Bréfritari: Andrés Kjerúlf
Viðtakandi: Jón Borgfirðings Jónsson
Dagsetning: A-1860-06-22
Skrifað á: Melum  N-Múl.

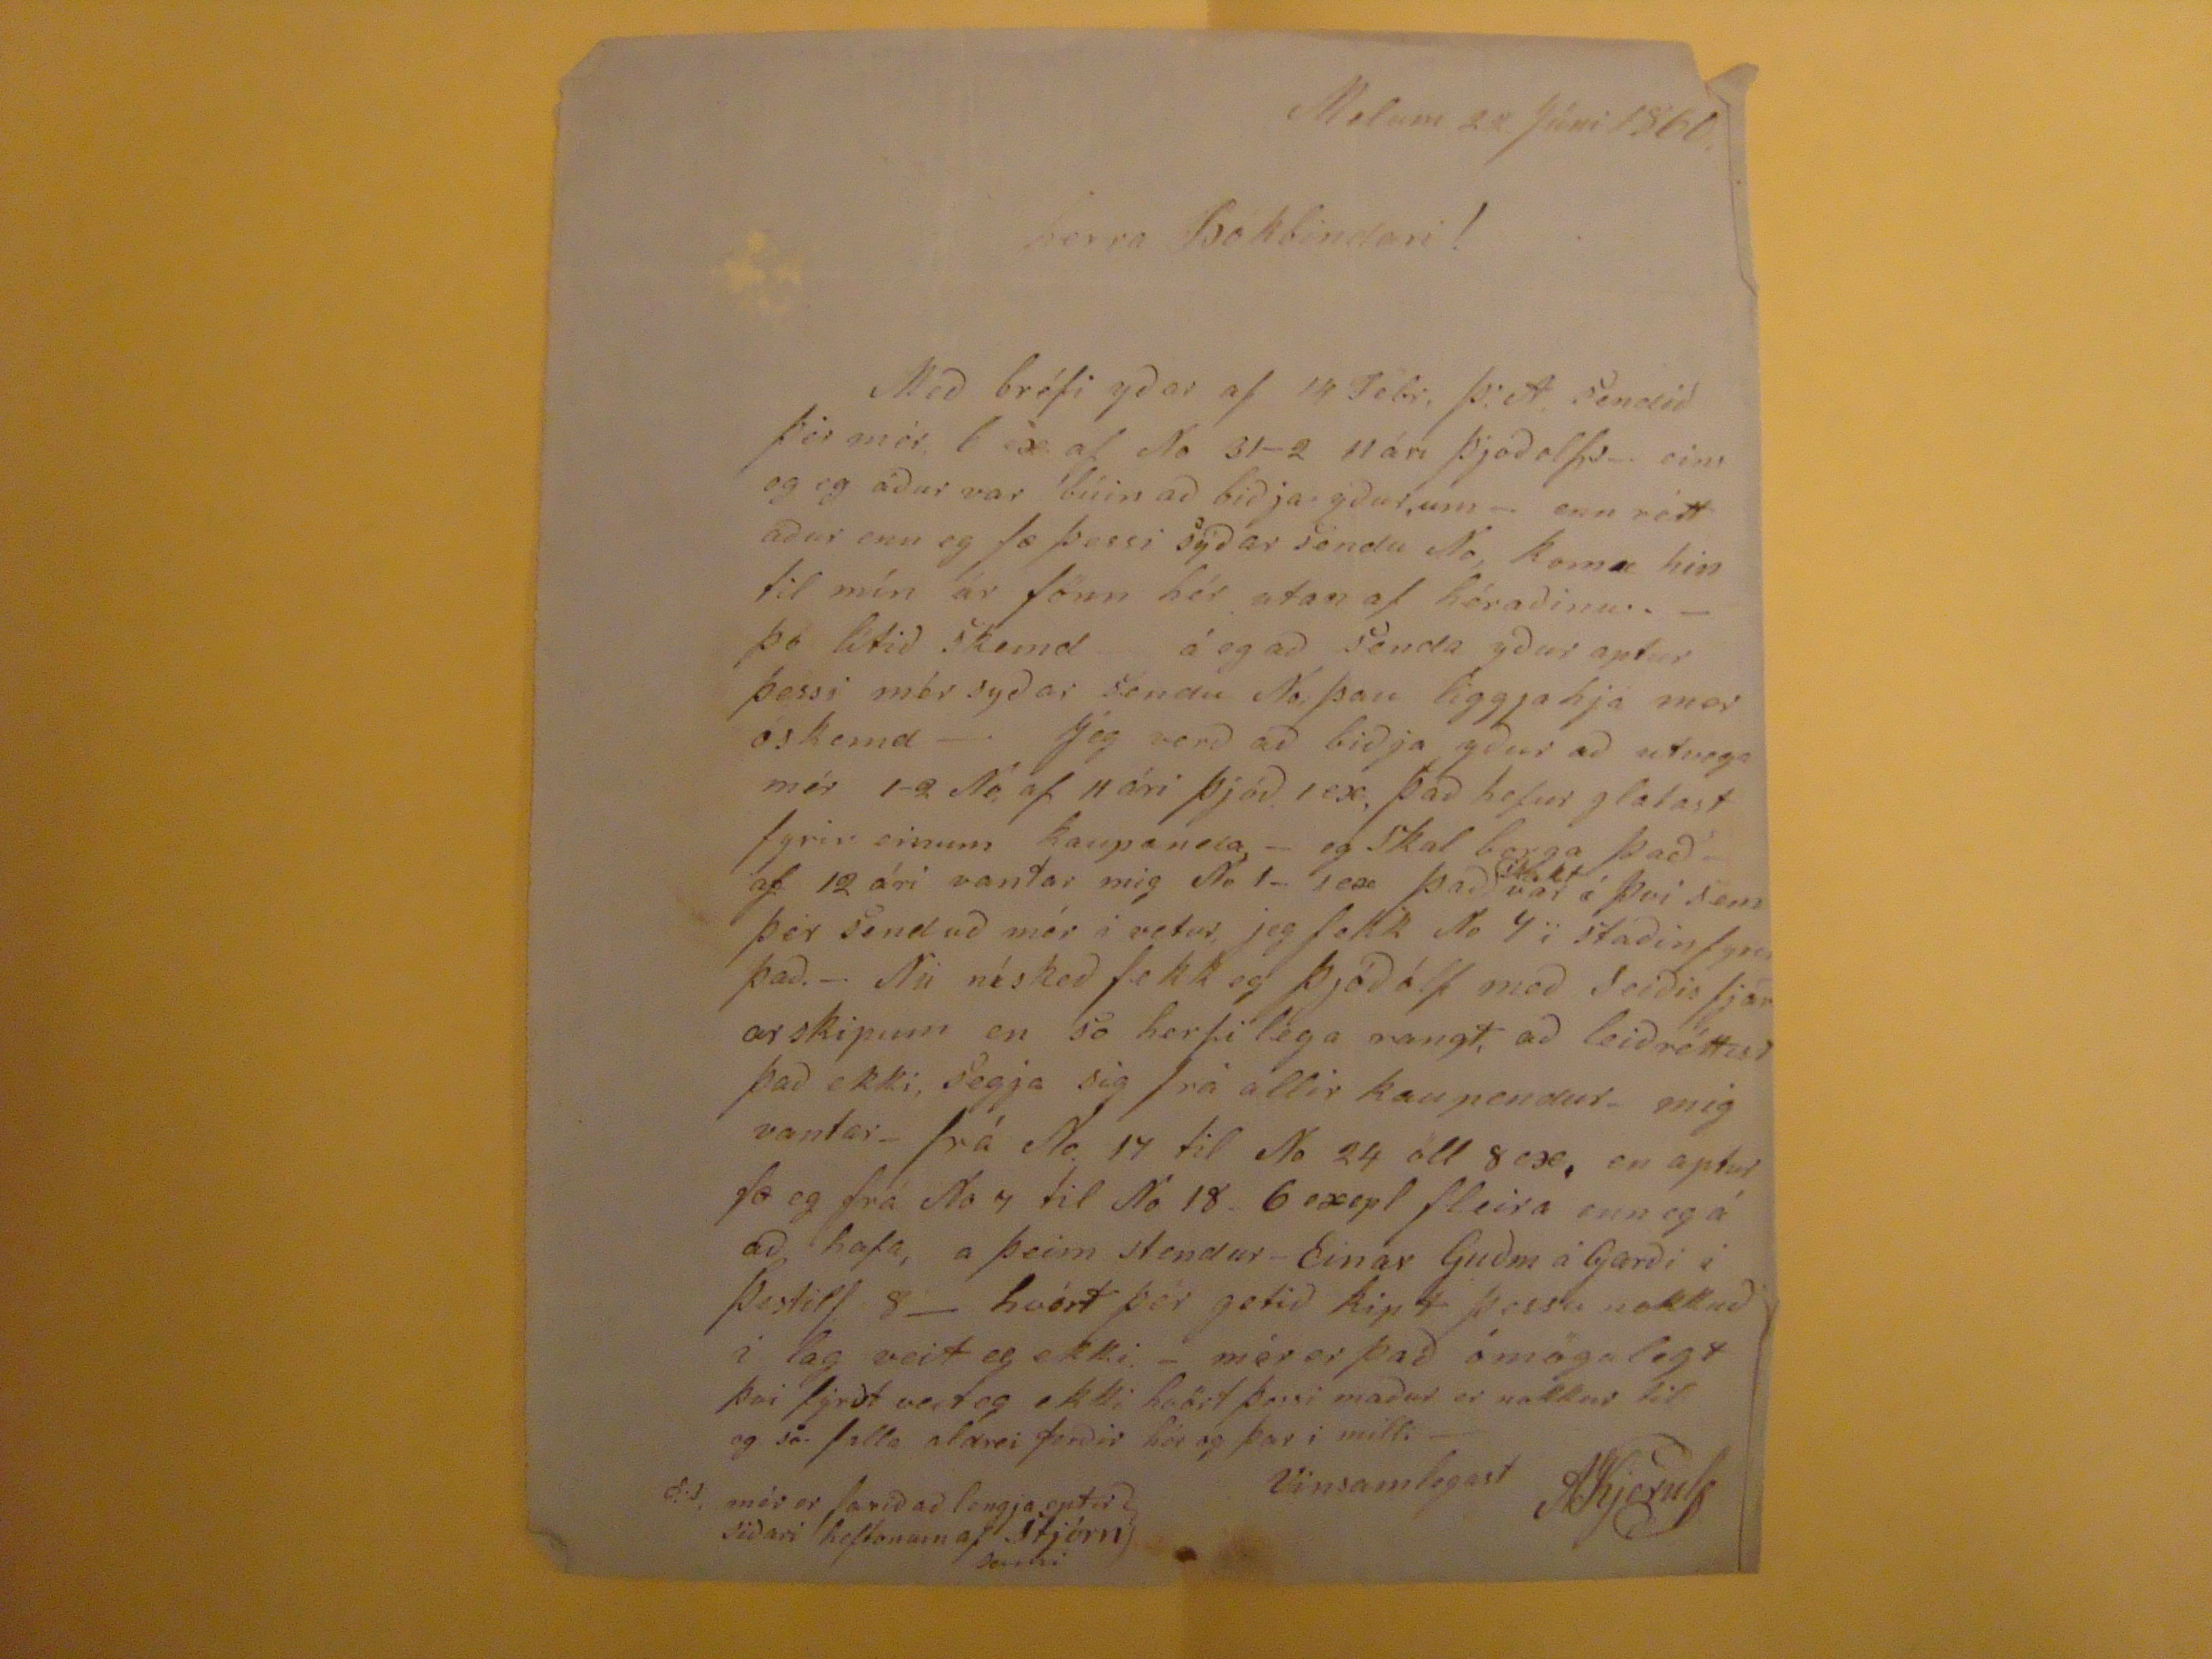

Melum 22 Júni 1860.
herra bókbindari!
Með bréfi yðar af 14 Febr, Þ.A. sendið þér mér, 6
ix
af No 31-2 11 ári Þjoðolfs__ eins og eg áður var búin að biðja yður, um -- enn rétt aður enn eg fæ þessi sýðar sendu No, komu hin til mín úr fönn hér utan af héraðinu. - Þó lítið skend á eg að senda yður aptur þessi mér syðar sendu No, þau liggja hjá mer óskemd - Jég verð að biða yður að utvega mér 1-2 No, af 11 ári Þjóð 1 ex, það hefur glatast fyrir einum kaupanda - eg Skal borga það af 12 ári vantar mig No 1- 1ex það
iKalt
var á þvi sem þér senduð mér i vetur, jeg fekk No 7 i staðinfyrir það.- Nu nískeð fekk eg Þjóðólf með Seiðisfjararskipum en so herfilega rangt, að leiðréttist það ekki, segja sig frá allir kaupendur_ mig vantar_ frá No. 17 til No 24 öll 8ex, en aptur fæ eg frá No 7 til No 18 6 exepl fleira enn eg á að hafa, a þeim stendur - Einar Guðm á Garði i Þestilf. 8- hvórt þér getið kipt þessu nokkuð i lag veit eg ekki. - mér er það ómögulegt þvi fyrst veit eg ekki hvört þessi maður er nokkur til og só falla aldrei ferðir hér og þar i milli --
Vinsamlegast AKjerulf
P.S. mér er farið að lengja eptir siðari heftonum af Stjórn sami